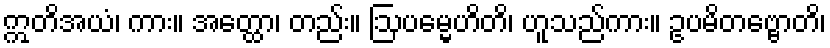
ဣတိအယံ၊ ကား။ အတ္ထော၊ တည်း။ ဩပမ္မေဟိတိ၊ ဟူသည်ကား။ ဥပမိတဗ္ဗောတိ၊